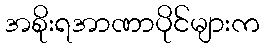
အစိုးရအာဏာပိုင်များက